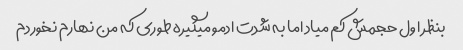
بنظر اول حجمش کم میاد اما به شدت ادمو میگیره طوری که من نهارم نخوردم